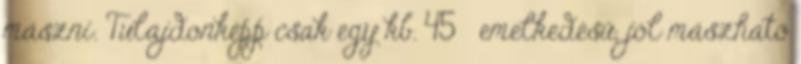
mászni. Tulajdonképp csak egy kb. 45° emelkedésű, jól mászható